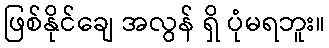
ဖြစ်နိုင်ချေ အလွန် ရှိ ပုံမရဘူး။